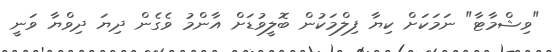
"ވިޝްމާޓާ" ނަމަކަށް ކިޔާ ފިލްމަކުން ބޮލީވުޑަށް އާންމު ވެގެން ދިޔަ ދިވްޔާ ވަނީ